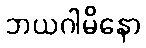
ဘယဂါမိနော